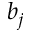
b _ { j }